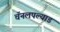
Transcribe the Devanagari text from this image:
चॅनलपल्याड